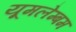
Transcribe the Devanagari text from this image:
यूमलेम्बम